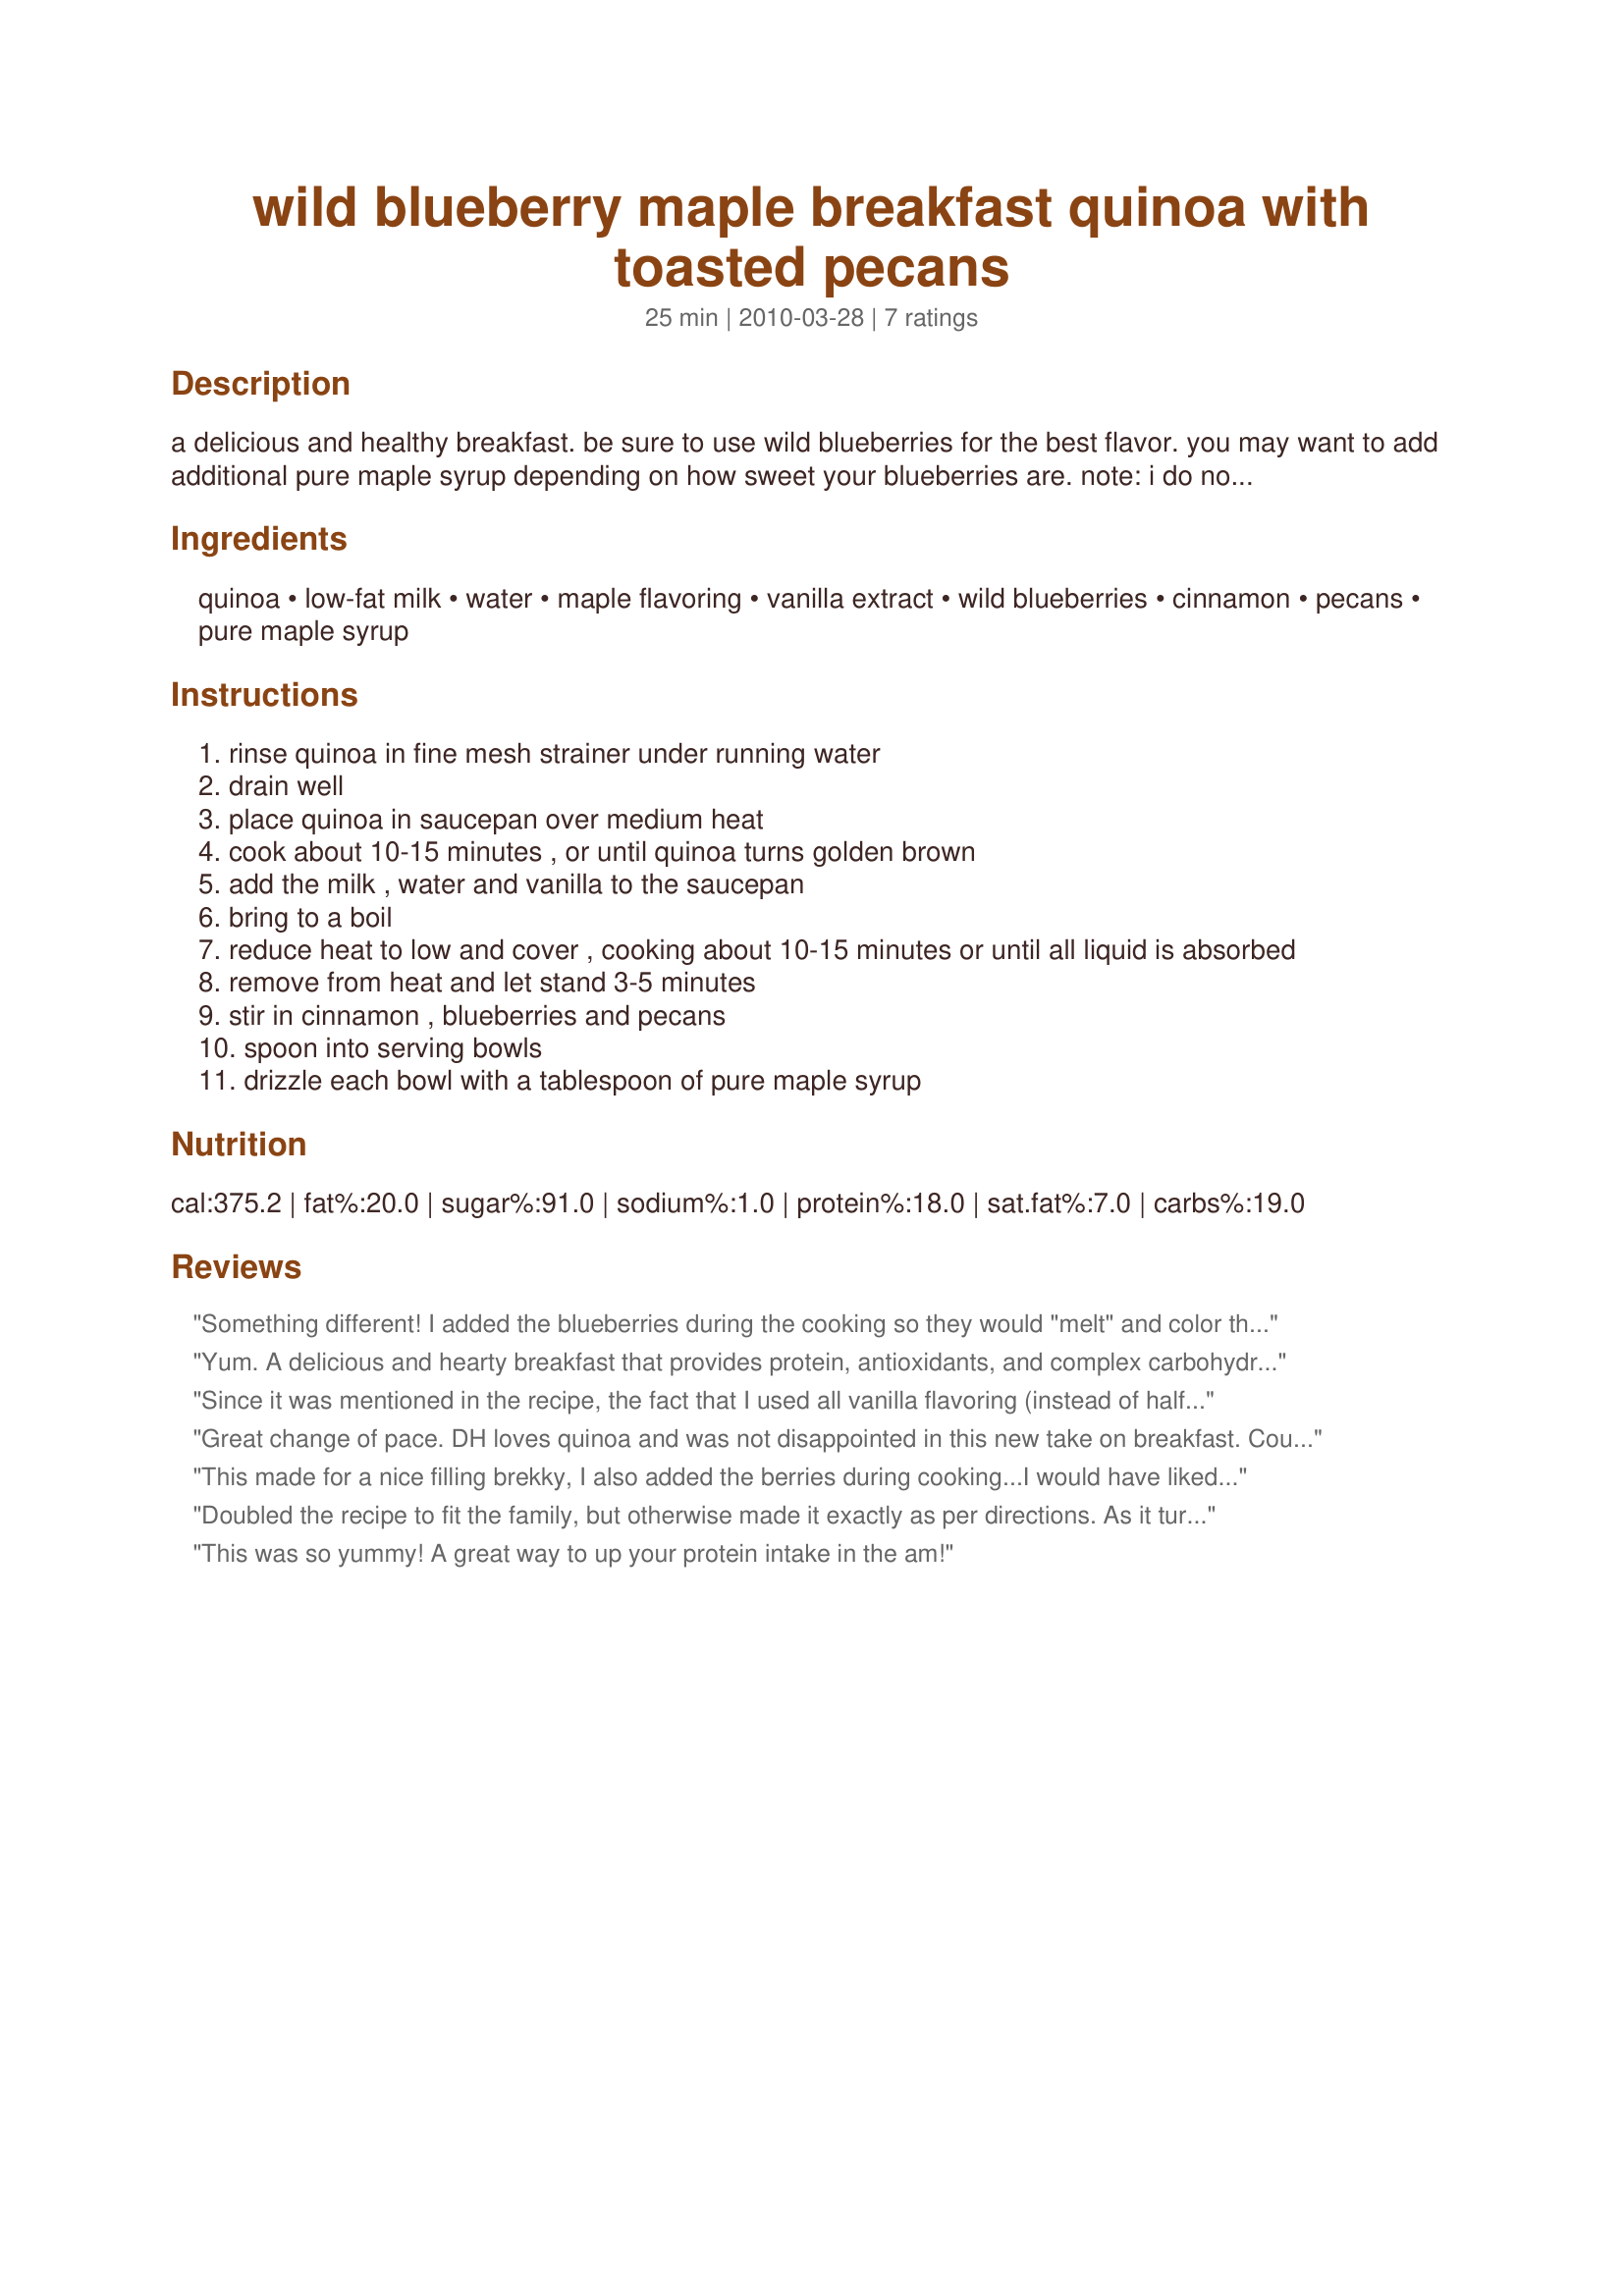
wild blueberry maple breakfast quinoa with toasted pecans
Preparation time: 25 minutes

a delicious and healthy breakfast. be sure to use wild blueberries for the best flavor. you may want to add additional pure maple syrup depending on how sweet your blueberries are. note: i do not recommend adding the blueberries during the cooking process because it alters the flavor of the berries. please wait to add them until after cooking the quinoa as stated in the recipe.

Ingredients:
quinoa, low-fat milk, water, maple flavoring, vanilla extract, wild blueberries, cinnamon, pecans, pure maple syrup

Steps:
rinse quinoa in fine mesh strainer under running water
drain well
place quinoa in saucepan over medium heat
cook about 10-15 minutes , or until quinoa turns golden brown
add the milk , water and vanilla to the saucepan
bring to a boil
reduce heat to low and cover , cooking about 10-15 minutes or until all liquid is absorbed
remove from heat and let stand 3-5 minutes
stir in cinnamon , blueberries and pecans
spoon into serving bowls
drizzle each bowl with a tablespoon of pure maple syrup

Reviews:
Something different! I added the blueberries during the cooking so they would "melt" and color the quinoa (my photo is unretouched!) This recipe makes a potful and can easily serve four people. It was not sweet enough for me but I will try making it again with some adjustments. Great idea!
Yum. A delicious and hearty breakfast that provides protein, antioxidants, and complex carbohydrates. This was super easy to make as I was rushing around getting packed to head to the airport! I used a red and white quinoa mixure, and real maple syrup. Thanks for posting Swissms!
Since it was mentioned in the recipe, the fact that I used all vanilla flavoring (instead of half vanilla & half maple) isn't actually a change! However I did double the amount of the maple syrup that I used, but otherwise followed the recipe right on down. We had a wonderfully tasty breakfast & something I'd be happy to make again! [Tagged & made in Please Review My Recipe]
Great change of pace. DH loves quinoa and was not disappointed in this new take on breakfast. Could not say anyone flavor shinned over the others as all the flavors came through equally making this a breakfast we will be making again and again. Made as written using Red Quinoa. Thanks so much for the great breakfast.
This made for a nice filling brekky, I also added the berries during cooking...I would have liked this a little sweeter so would add a smidge Splenda if I made it again..served with yoghurt..it was much enjoyed. Thanks!
Doubled the recipe to fit the family, but otherwise made it exactly as per directions. As it turns out, my teenage son is gone to have breakfast with his girlfriend, so I have leftovers for another breakfast! To my taste, the tablespoon maple syrup and the blueberries at the end make the recipe. Without the fruit, it would be too much grain for me. I'll be trying another fruit with the leftovers. Definitely a keeper for this family!<br/><br/>By the way, we used as per recipe, so doubling made four servings. Large servings, so if you eat something else with it - yogurt, eggs, whatever - you'll likely want to count the basic recipe as 3-4 servings.
This was so yummy! A great way to up your protein intake in the am!
